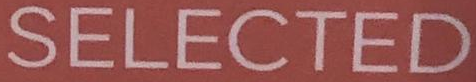
SELECTED